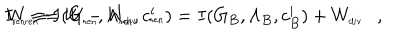
I _ { \tiny \mathrm { r e n } } \equiv I ( G _ { \tiny \mathrm { r e n } } , \Lambda _ { \tiny \mathrm { r e n } } , c _ { \tiny \mathrm { r e n } } ^ { i } ) = I ( G _ { B } , \Lambda _ { B } , c _ { B } ^ { i } ) + W _ { \tiny \mathrm { d i v } } , \hspace { 0 . 5 c m } W _ { \tiny \mathrm { r e n } } = W - W _ { \tiny \mathrm { d i v } } .